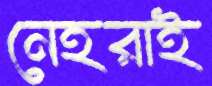
নেহরাই